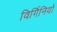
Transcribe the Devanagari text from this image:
विर्गिनियो